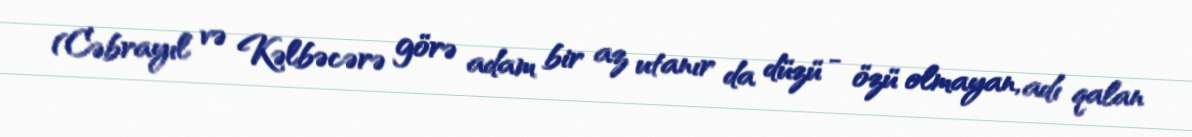
(Cəbrayıl və Kəlbəcərə görə adam bir az utanır da düzü - özü olmayan, adı qalan